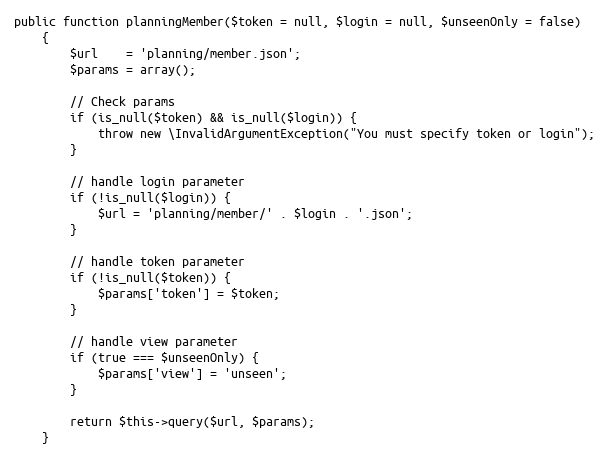
Language: PHP
public function planningMember($token = null, $login = null, $unseenOnly = false)
    {
        $url    = 'planning/member.json';
        $params = array();

        // Check params
        if (is_null($token) && is_null($login)) {
            throw new \InvalidArgumentException("You must specify token or login");
        }

        // handle login parameter
        if (!is_null($login)) {
            $url = 'planning/member/' . $login . '.json';
        }

        // handle token parameter
        if (!is_null($token)) {
            $params['token'] = $token;
        }

        // handle view parameter
        if (true === $unseenOnly) {
            $params['view'] = 'unseen';
        }

        return $this->query($url, $params);
    }